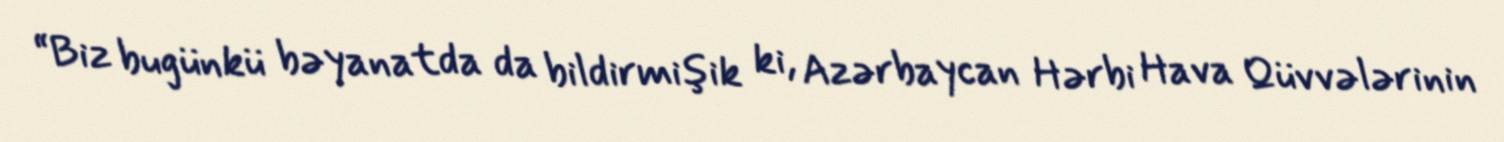
“Biz bugünkü bəyanatda da bildirmişik ki, Azərbaycan Hərbi Hava Qüvvələrinin